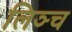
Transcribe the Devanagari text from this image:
लिञ्च